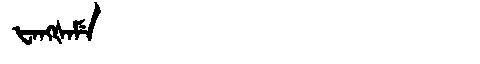
Manchu: ᡶᠠᠩᡧᠠᠮᡝ
Romanization: FANGŠAME